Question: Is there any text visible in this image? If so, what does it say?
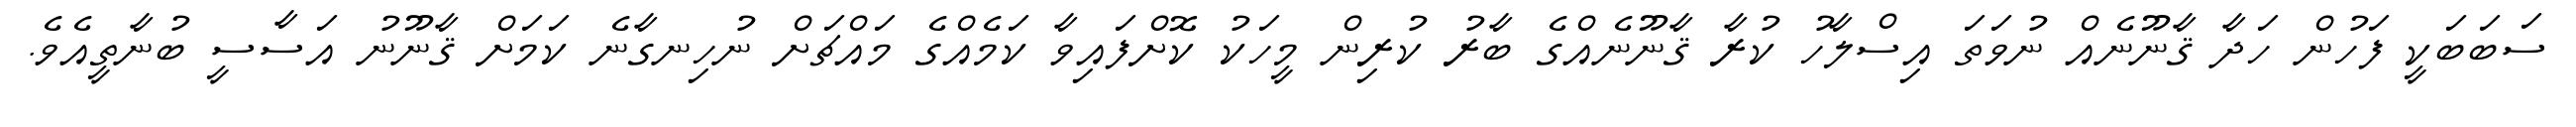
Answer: ސަބަބަކީ ފަހުން ހަދާ ޤާނޫނެއް ނުވަތަ އިސްލާހު ކުރާ ޤާނޫނެއްގެ ބާރު ކުރިން މީހަކު ކޮށްފައިވާ ކަމެއްގެ މައްޗަށް ނުހިނގާނެ ކަމަށް ޤާނޫނު އަސާސީ ބުނާތީއެވެ.